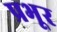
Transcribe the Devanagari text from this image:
प्रभूर